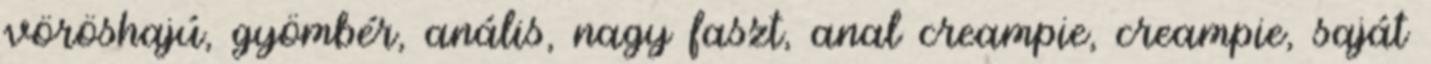
vöröshajú, gyömbér, anális, nagy faszt, anal creampie, creampie, saját